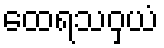
ထေရသဝှယံ